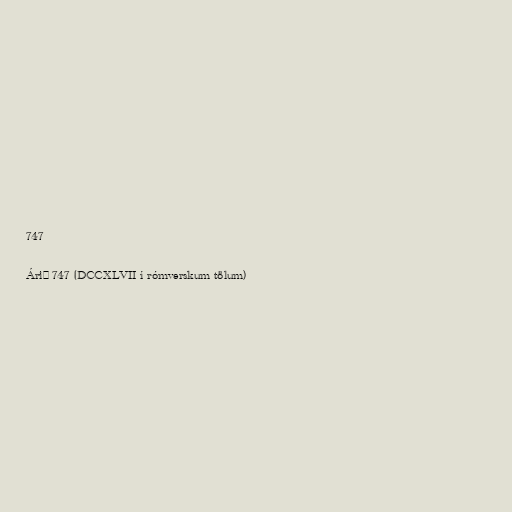
747

Árið 747 (DCCXLVII í rómverskum tölum)